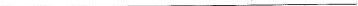
___